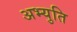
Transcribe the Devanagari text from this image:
अभ्युति